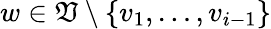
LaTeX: w\in\mathfrak{V}\setminus\{ v_{1},\dots,v_{i-1}\}